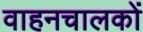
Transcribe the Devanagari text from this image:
वाहनचालकों